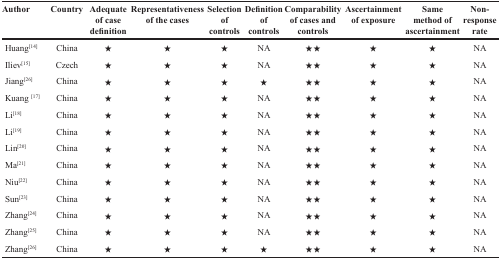
<table><thead><tr><td><b>Author</b></td><td><b>Country</b></td><td><b>Adequate of case definition</b></td><td><b>Representativeness of the cases</b></td><td><b>Selection of controls</b></td><td><b>Definition of controls</b></td><td><b>Comparability of cases and controls</b></td><td><b>Ascertainment of exposure</b></td><td><b>Same method of ascertainment</b></td><td><b>Non-response rate</b></td></tr></thead><tbody><tr><td>Huang<sup>[14]</sup></td><td>China</td><td>★</td><td>★</td><td>★</td><td>NA</td><td>★★</td><td>★</td><td>★</td><td>NA</td></tr><tr><td>Iliev<sup>[15]</sup></td><td>Czech</td><td>★</td><td>★</td><td>★</td><td>NA</td><td>★★</td><td>★</td><td>★</td><td>NA</td></tr><tr><td>Jiang<sup>[26]</sup></td><td>China</td><td>★</td><td>★</td><td>★</td><td>★</td><td>★★</td><td>★</td><td>★</td><td>NA</td></tr><tr><td>Kuang <sup>[17]</sup></td><td>China</td><td>★</td><td>★</td><td>★</td><td>NA</td><td>★★</td><td>★</td><td>★</td><td>NA</td></tr><tr><td>Li<sup>[18]</sup></td><td>China</td><td>★</td><td>★</td><td>★</td><td>NA</td><td>★★</td><td>★</td><td>★</td><td>NA</td></tr><tr><td>Li<sup>[19]</sup></td><td>China</td><td>★</td><td>★</td><td>★</td><td>NA</td><td>★★</td><td>★</td><td>★</td><td>NA</td></tr><tr><td>Lin<sup>[20]</sup></td><td>China</td><td>★</td><td>★</td><td>★</td><td>NA</td><td>★★</td><td>★</td><td>★</td><td>NA</td></tr><tr><td>Ma<sup>[21]</sup></td><td>China</td><td>★</td><td>★</td><td>★</td><td>NA</td><td>★★</td><td>★</td><td>★</td><td>NA</td></tr><tr><td>Niu<sup>[22]</sup></td><td>China</td><td>★</td><td>★</td><td>★</td><td>NA</td><td>★★</td><td>★</td><td>★</td><td>NA</td></tr><tr><td>Sun<sup>[23]</sup></td><td>China</td><td>★</td><td>★</td><td>★</td><td>NA</td><td>★★</td><td>★</td><td>★</td><td>NA</td></tr><tr><td>Zhang<sup>[24]</sup></td><td>China</td><td>★</td><td>★</td><td>★</td><td>NA</td><td>★★</td><td>★</td><td>★</td><td>NA</td></tr><tr><td>Zhang<sup>[25]</sup></td><td>China</td><td>★</td><td>★</td><td>★</td><td>NA</td><td>★★</td><td>★</td><td>★</td><td>NA</td></tr><tr><td>Zhang<sup>[26]</sup></td><td>China</td><td>★</td><td>★</td><td>★</td><td>★</td><td>★★</td><td>★</td><td>★</td><td>NA</td></tr></tbody></table>